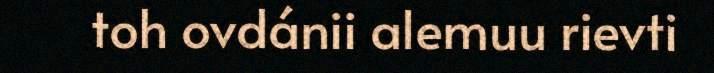
toh ovdánii alemuu rievti